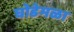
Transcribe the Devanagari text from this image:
घोडेमळा